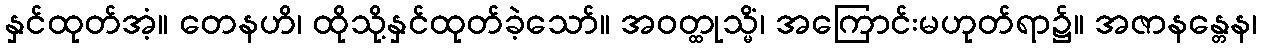
နှင်ထုတ်အံ့။ တေနဟိ၊ ထိုသို့နှင်ထုတ်ခဲ့သော်။ အဝတ္ထုသ္မိံ၊ အကြောင်းမဟုတ်ရာ၌။ အဇာနန္တေန၊